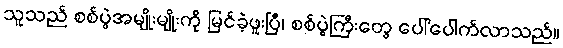
သူသည် စစ်ပွဲအမျိုးမျိုးကို မြင်ခဲ့ဖူးပြီ၊ စစ်ပွဲကြီးတွေ ပေါ်ပေါက်လာသည်။